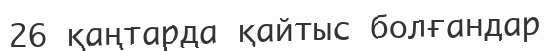
26 қаңтарда қайтыс болғандар